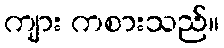
ကျား ကစားသည်။